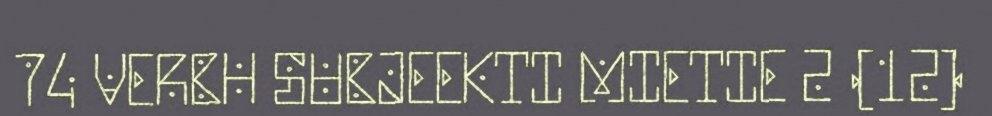
74 VERBH SUBJEEKTI MIETIE 2 (12)